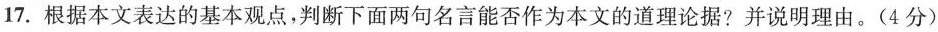
17.根据本文表达的基本观点，判断下面两句名言能否作为本文的道理论据?并说明理由。(4分)